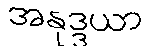
အနုဒ္ဒယာ